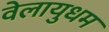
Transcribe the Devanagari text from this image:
वेलायुधम